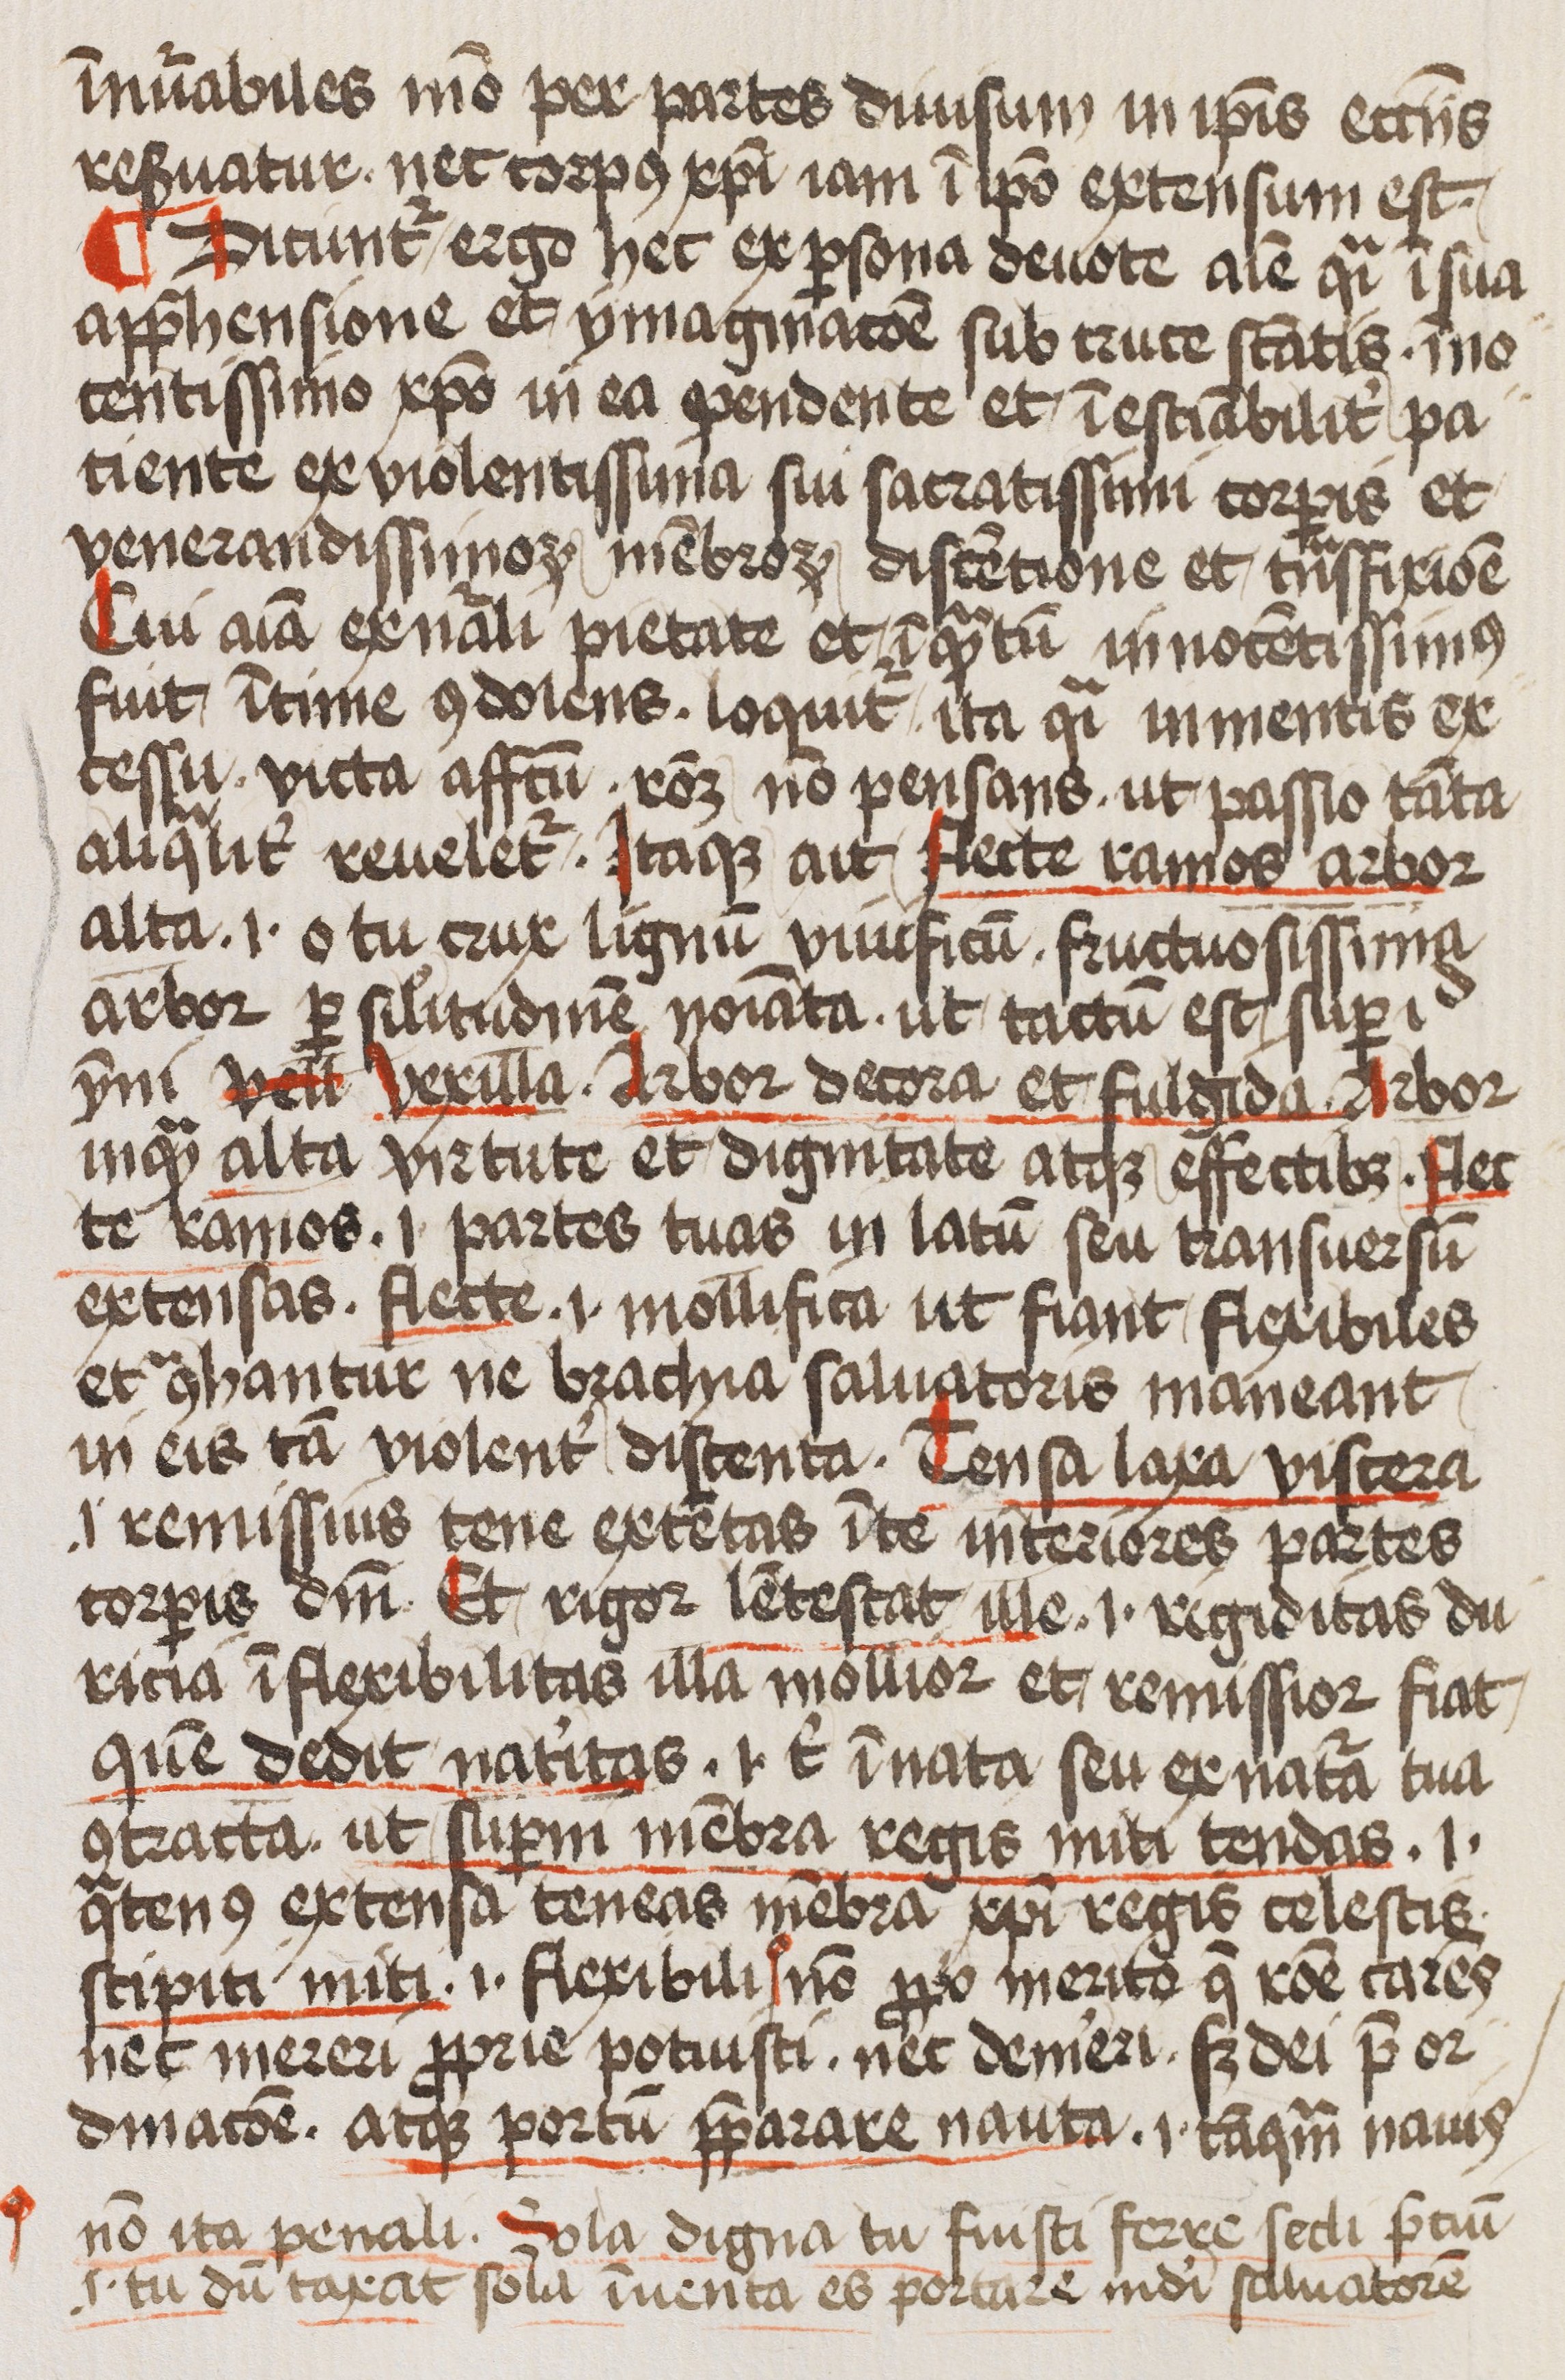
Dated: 1400–1499